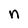
Character: n